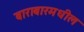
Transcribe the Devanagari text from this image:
बाराबारमधील